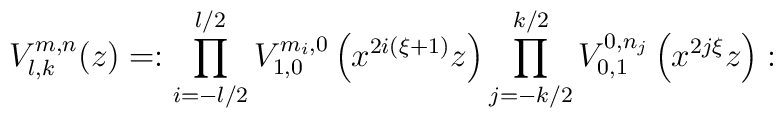
V_{l,k}^{m,n}(z)=:\prod_{i=-l/ 2}^{l/2}V_{1,0}^{m_i,0}\left(x^{2i(\xi+1)}z\right)\prod_{j=-k/2}^{k/2}V_{0,1}^{0,n_j}\left(x^{2j\xi}z\right):